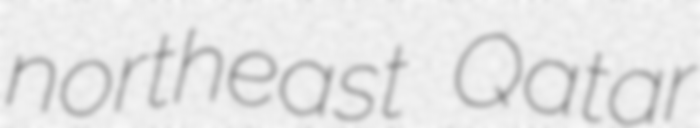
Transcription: northeast Qatar